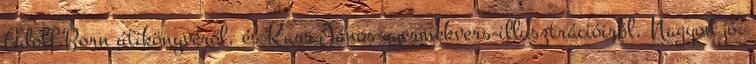
Adolf Born útikönyvéről, és Kass János gyermekvers-illusztrációiról. Nagyon jó,